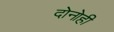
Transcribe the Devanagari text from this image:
दोनोही